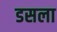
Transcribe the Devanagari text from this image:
डसला